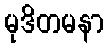
မုဒိတမနာ